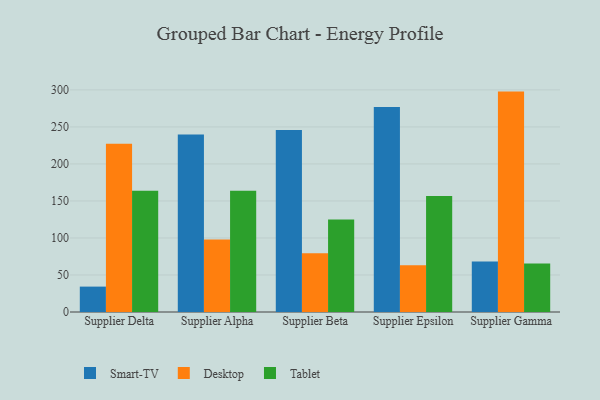
{"axis": {"x": "Supplier", "y": "Operating Costs (USD K)"}, "legend": ["Desktop", "Smart-TV", "Tablet"], "data": [{"x": "Supplier Delta", "y": 34.3, "type": "Smart-TV"}, {"x": "Supplier Delta", "y": 227.3, "type": "Desktop"}, {"x": "Supplier Delta", "y": 163.8, "type": "Tablet"}, {"x": "Supplier Alpha", "y": 239.6, "type": "Smart-TV"}, {"x": "Supplier Alpha", "y": 97.9, "type": "Desktop"}, {"x": "Supplier Alpha", "y": 163.8, "type": "Tablet"}, {"x": "Supplier Beta", "y": 245.8, "type": "Smart-TV"}, {"x": "Supplier Beta", "y": 79.2, "type": "Desktop"}, {"x": "Supplier Beta", "y": 124.9, "type": "Tablet"}, {"x": "Supplier Epsilon", "y": 276.9, "type": "Smart-TV"}, {"x": "Supplier Epsilon", "y": 63.2, "type": "Desktop"}, {"x": "Supplier Epsilon", "y": 156.7, "type": "Tablet"}, {"x": "Supplier Gamma", "y": 68.2, "type": "Smart-TV"}, {"x": "Supplier Gamma", "y": 297.7, "type": "Desktop"}, {"x": "Supplier Gamma", "y": 65.5, "type": "Tablet"}]}